Document type: Inventory
Year: 1295
Scribe: Pere Marc
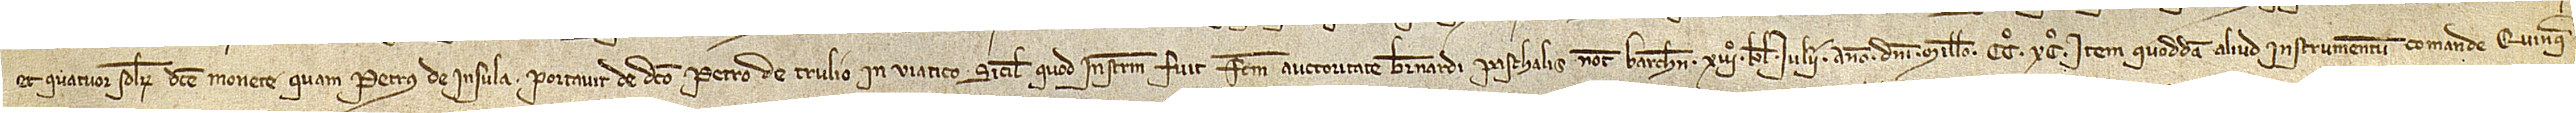
et quatuor solidorum dicte monete quam Petrus de Insula portavit de dicto Petro de Trulio in viatico Sicilie, quod instrumentum fuit factum auctoritate Bernardi Paschalis, notarii Barchinone, XIIIº kalenas iulii, anno Domini millesimo CCº XCº; item, quoddam aliud instrumentum comande quinqua-